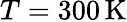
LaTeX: T=300\, \mathrm{K}